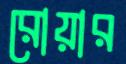
রোয়ার